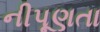
નીપૂણતા